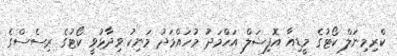
ކްރިމިނަލް ކޯޓުގެ މީޑިއާ އޮފިޝަލް އަހްމަދު މުހައްމަދު މަނިކު ވިދާޅުވީ ކޯޓުގެ ރިސެސްގެ